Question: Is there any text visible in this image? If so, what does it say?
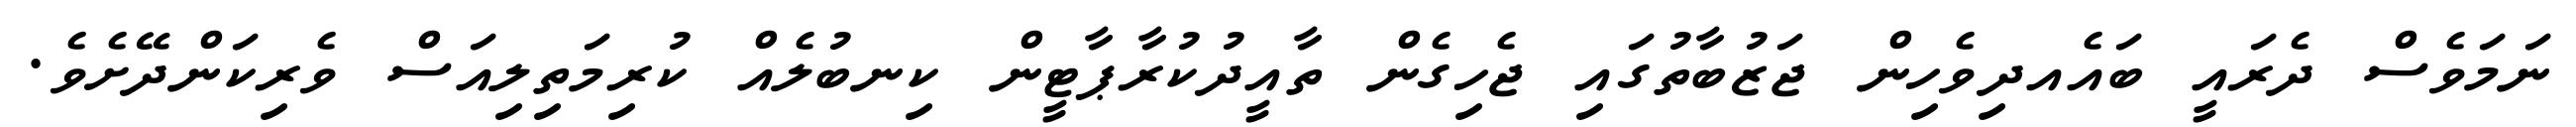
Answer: ނަމަވެސް ދެރައީ ބައެއދިވެހިން ޖަޒުބާތުގައި ޖެހިގެން ތާއީދުކުރާޕާޓީން ކިނބުލެއް ކުރިމަތިލިއަސް ވެރިކަންދޭށެވެ.